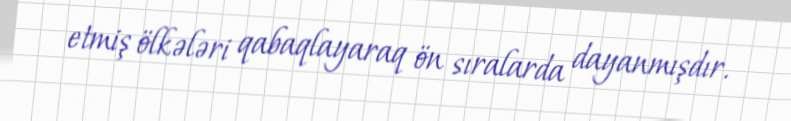
etmiş ölkələri qabaqlayaraq ön sıralarda dayanmışdır.